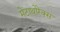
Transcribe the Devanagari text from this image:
मेटाथोरेक्स